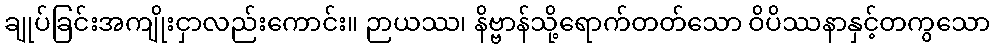
ချုပ်ခြင်းအကျိုးငှာလည်းကောင်း။ ဉာယဿ၊ နိဗ္ဗာန်သို့ရောက်တတ်သော ဝိပိဿနာနှင့်တကွသော